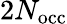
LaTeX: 2N_{\mathrm{occ}}